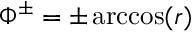
\Phi ^ { \pm } = \pm \operatorname { a r c c o s } ( r )